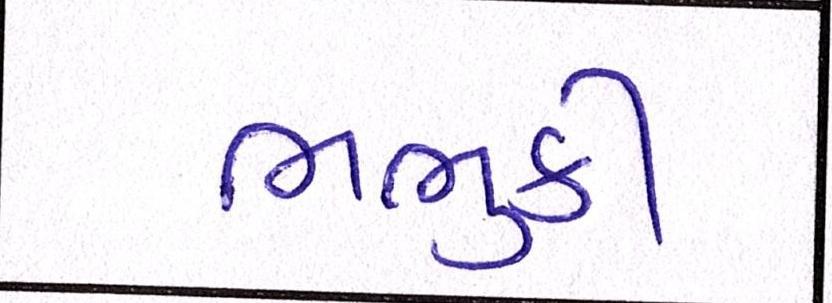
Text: ભભુકી